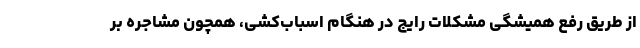
از طریق رفع همیشگی مشکلات رایج در هنگام اسباب‌کشی، همچون مشاجره بر